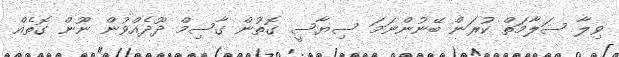
ވިލާ ސަލާމަތް ކުރަން ބޭނުންނަމަ ސިޔާސީ ގޮތުން ގާސިމް ދޫދެއްވުން ނޫން ގޮތެއް